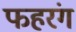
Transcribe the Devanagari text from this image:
फहरंग